Annual report of the Punjab Veterinary College and of the Civil Veterinary Department, Punjab - 1926-1932
Year: 1926
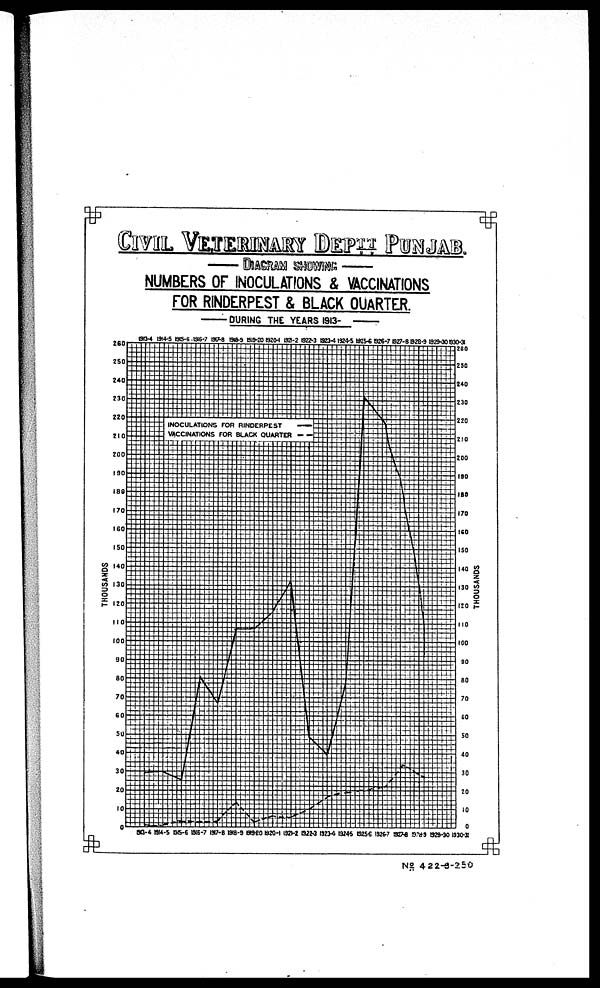
CIVIL VETERINARY DEPTT PUNJAB.
— DIAGRAM SHOWING. —
NUMBERS OF INOCULATIONS & VACCINATIONS
FOR RINDERPEST & BLACK QUARTER.
—
DURING THE YEARS 1913-
—
NO. 422-9-250